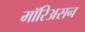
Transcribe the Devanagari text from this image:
मॉरिअसन